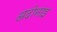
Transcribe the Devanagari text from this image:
अदोनाइ